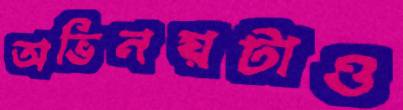
অভিনয়টাও